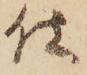
仕